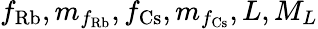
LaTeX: f_{\textrm{Rb}},m_{f_{\textrm{Rb}}},f_{\textrm{Cs}},m_{f_{\textrm{Cs}}},L,M_{L}